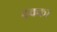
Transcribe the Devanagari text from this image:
ढक्का